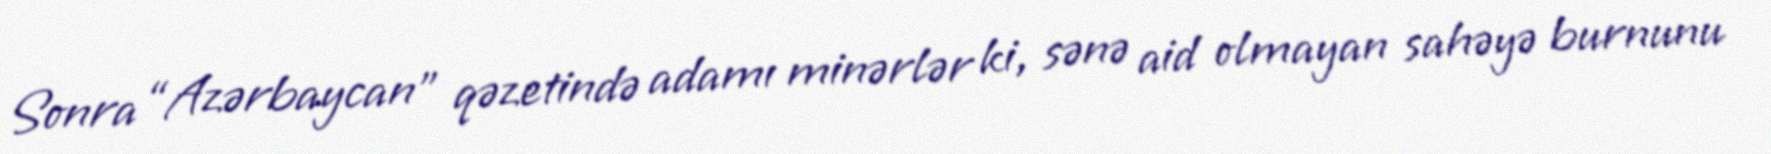
Sonra “Azərbaycan” qəzetində adamı minərlər ki, sənə aid olmayan sahəyə burnunu